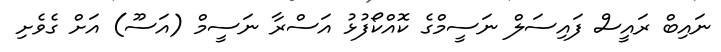
ނައިބް ރައީސް ފައިސަލް ނަސީމްގެ ކޮއްކޯފުޅު އަސްރާ ނަސީމް (އަސޫ) އަށް ގެވެށި